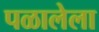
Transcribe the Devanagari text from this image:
पळालेला